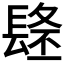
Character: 𨲐